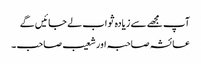
آپ مجھے سے زیادہ ثواب لے جائیں گے
عائشہ صاحبہ اور شعیب صاحب ۔